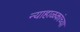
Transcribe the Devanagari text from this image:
न्याहाळकांच्या